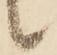
候